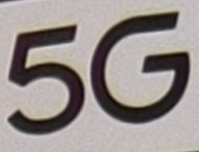
5G